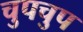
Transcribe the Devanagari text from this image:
चुपचुप